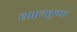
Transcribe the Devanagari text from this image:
कालकृपा